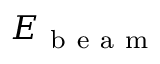
E _ { \mathrm { ~ b ~ e ~ a ~ m ~ } }